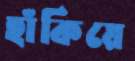
হাঁকিয়ে